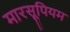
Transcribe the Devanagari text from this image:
मारसूपियम